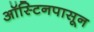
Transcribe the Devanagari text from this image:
ऑस्टिनपासून